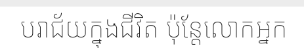
បរាជ័យក្នុងជីវិត ប៉ុន្តែលោកអ្នក